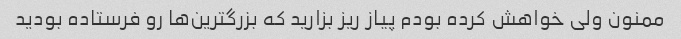
ممنون ولی خواهش کرده بودم پیاز ریز بزارید که بزرگترین‌ها رو فرستاده بودید